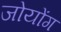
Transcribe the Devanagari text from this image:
जोयोंग